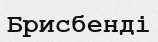
Брисбенді